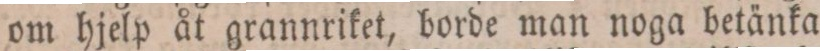
om hjelp åt grannriket, borde man noga betänka